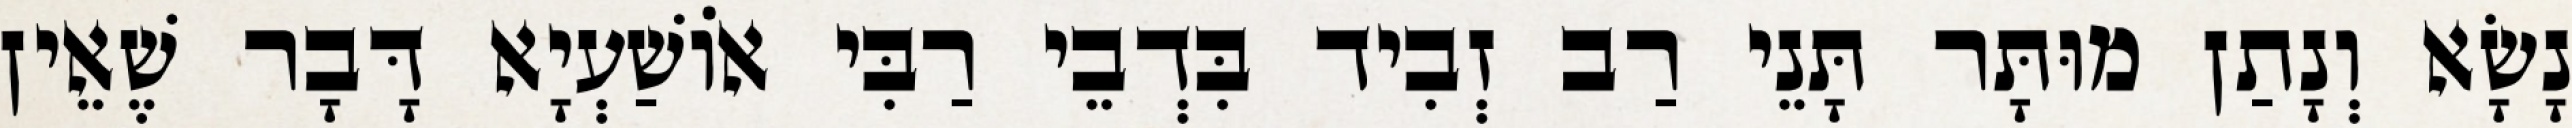
נָשָׂא וְנָתַן מוּתָּר תָּנֵי רַב זְבִיד בִּדְבֵי רַבִּי אוֹשַׁעְיָא דָּבָר שֶׁאֵין